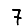
Digit: 7